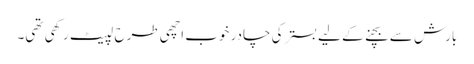
بارش سے بچنے کے لیے بستر کی چادر خوب اچھی طرح لپیٹ رکھی تھی۔